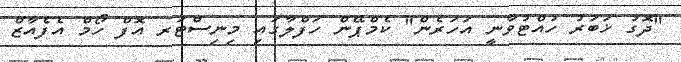
"ދޮގު ޚަބަރު ހުއްޓުވާނީ އަހަރެން" ކެމްޕޭން ހަފްލާގައި މިނިސްޓަރ އޮފް ހޯމް އެފެއާޒް